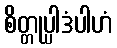
စိတ္တုပ္ပါဒံပါဟံ